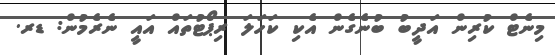
މިނެޓް ކުރިން އަދީބު ބުނެގެން އެކި ކަހަލަ ރިޕޯޓުތައް އައީ ނެރެމުން: ޑރ.